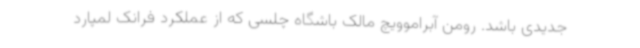
جدیدی باشد. رومن آبراموویچ مالک باشگاه چلسی که از عملکرد فرانک لمپارد